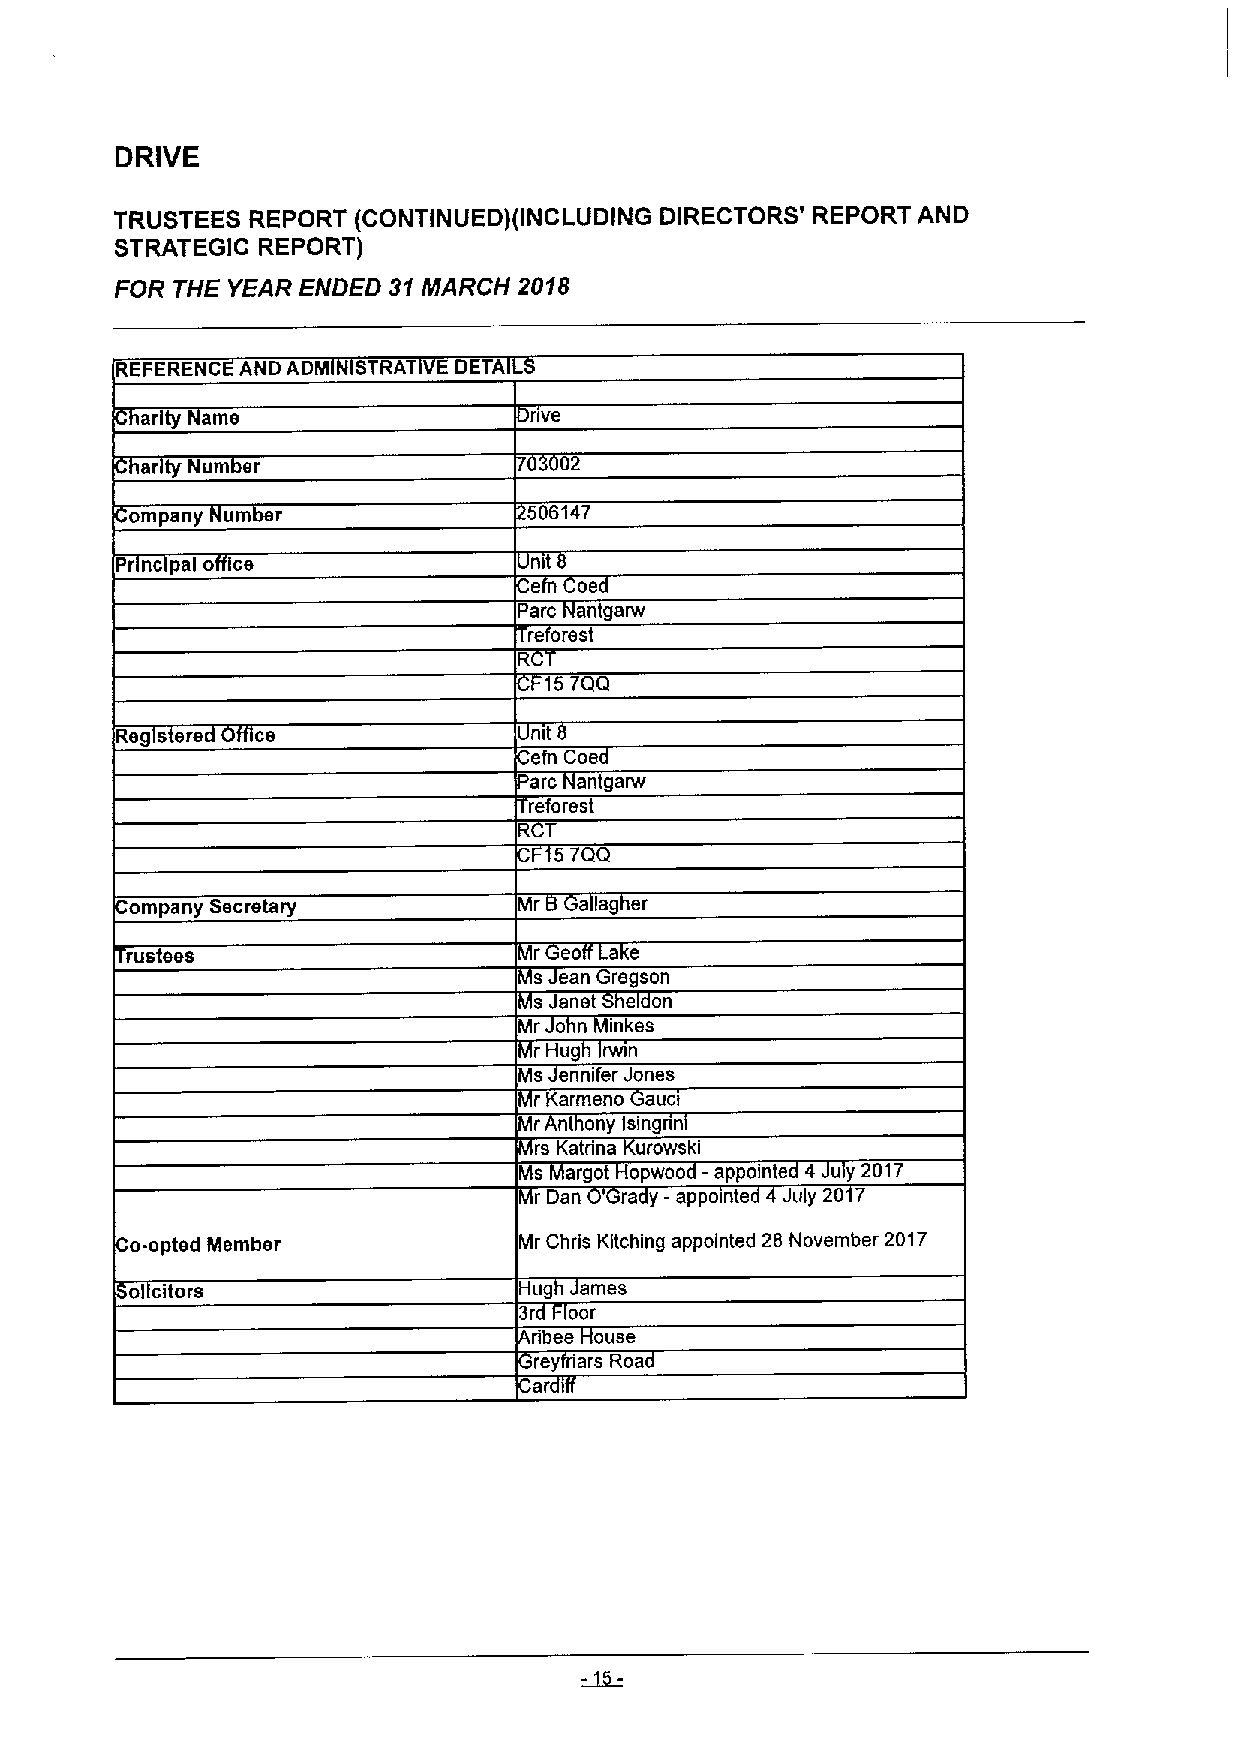
DRIVE
 TRUSTEES REPORT (CONTINUED)(INCLUDING DIRECTORS' REPORT AND
 STRATEGIC REPORT)
 FOR THE YEAR ENDED 31MARCH 2018
 REFERENC AND ADM STRAT E DETA
 arity arne                nve
 ar ty Num er                02
 ompany um r               5 6147
 Pr nc pal o ce             ntt
 e  oe
 Pare antgarw
 re orest
 157QQ
 Reg s ere ce               mt
 efn Coe
 arc antgarw
 reforest
 R T
 57QQ
 ompany Secretary          r  aag er
 ae
 rustees                    r eo
 s ean Gregson
 sJanet e on
 Mr o n inkes
 r Hug rvnn
 Ms ennifer Jones
 r Karmeno auct
 r nt ony Isingnn
 rs Katrina urowski
 Ms argot opwoo -appoints 4 uy 2017
 r Dan ra y -appomte uly 20 7
 o-opted Member           Mr Chris Kitching appointed 28 November 2017
 ol citors                Hug ames
 3r  oor
 ribee ouse
 rey 'ars Roa
 ar